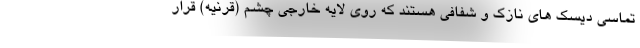
تماسی دیسک های نازک و شفافی هستند که روی لایه خارجی چشم (قرنیه) قرار